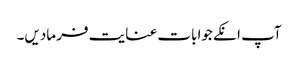
آپ انکے جوابات عنایت فرمادیں۔